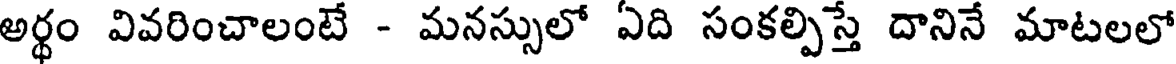
అర్థం వివరించాలంటే - మనస్సులో ఏది సంకల్పిస్తే దానినే మాటలలో